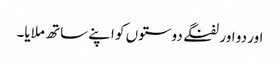
اور دو اور لفنگے دوستوں کو اپنے ساتھ ملایا۔